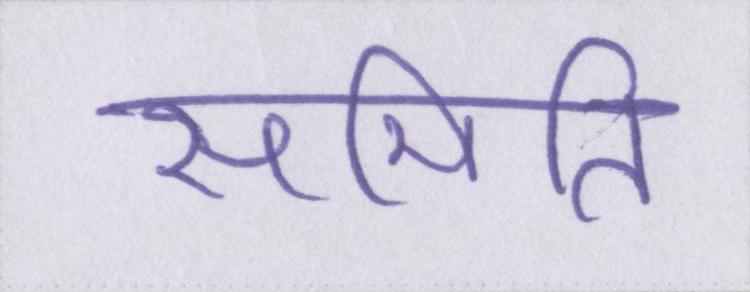
समिति